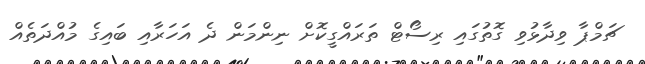
ޗަމްޕާ ވިދާޅުވި ގޮތުގައި ރިސޯޓް ތަރައްގީކޮށް ނިންމަން ދެ އަހަރާއި ބައިގެ މުއްދަތެއް